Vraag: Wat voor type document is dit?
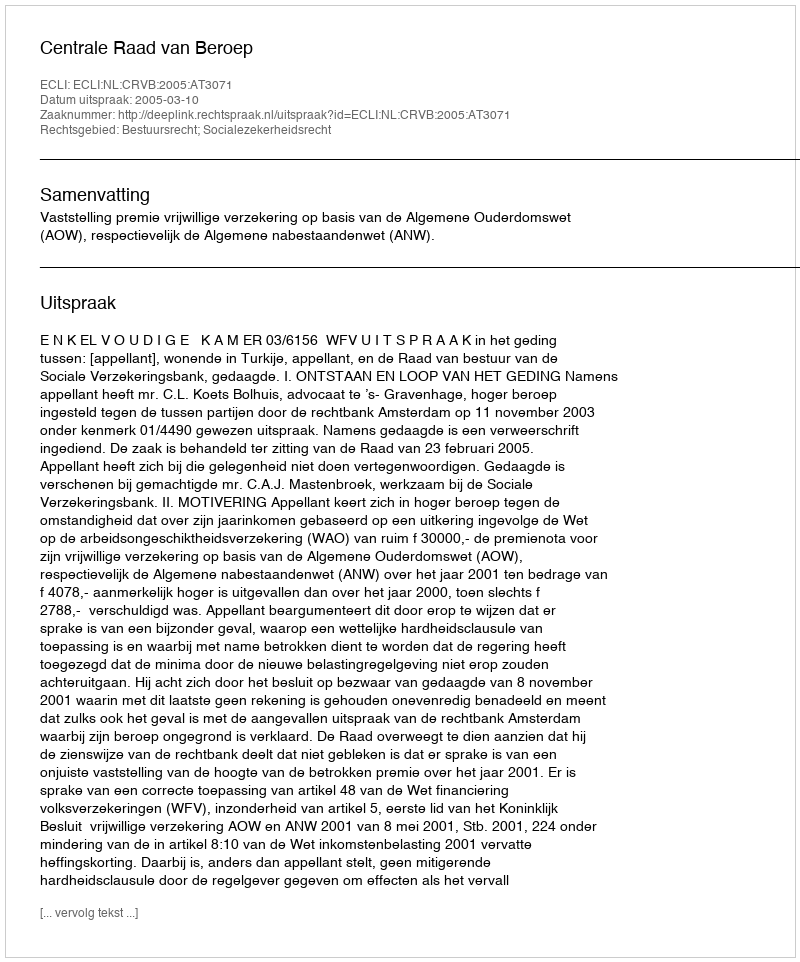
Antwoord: Uitspraak